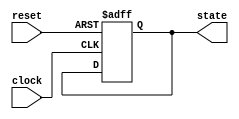
module ResetConditionBlock (
    input wire reset,          // Reset signal (active-high or active-low)
    input wire clock,         // Clock signal for synchronous reset
    output reg [7:0] state    // State output (8-bit wide for example)
);

    // Parameter for reset value
    parameter RESET_VALUE = 8'b00000000; // Define the reset value

    // Synchronous reset
    always @(posedge clock or posedge reset) begin
        if (reset) begin
            state <= RESET_VALUE; // Set state to reset value on reset
        end else begin
            // Regular operational logic can be added here
            // Example: state <= state + 1; // Increment state (for demonstration)
        end
    end

    // Asynchronous reset (if required)
    // Uncomment the following block if you want asynchronous reset behavior
    /*
    always @(posedge clock) begin
        if (reset) begin
            state <= RESET_VALUE; // Set state to reset value on reset
        end else begin
            // Regular operational logic can be added here
            // Example: state <= state + 1; // Increment state (for demonstration)
        end
    end
    */

endmodule